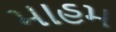
માહમ